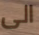
الى